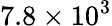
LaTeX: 7.8\times 10^{3}